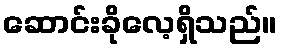
ဆောင်းခိုလေ့ရှိသည်။